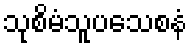
သုစိမံသူပသေစနံ